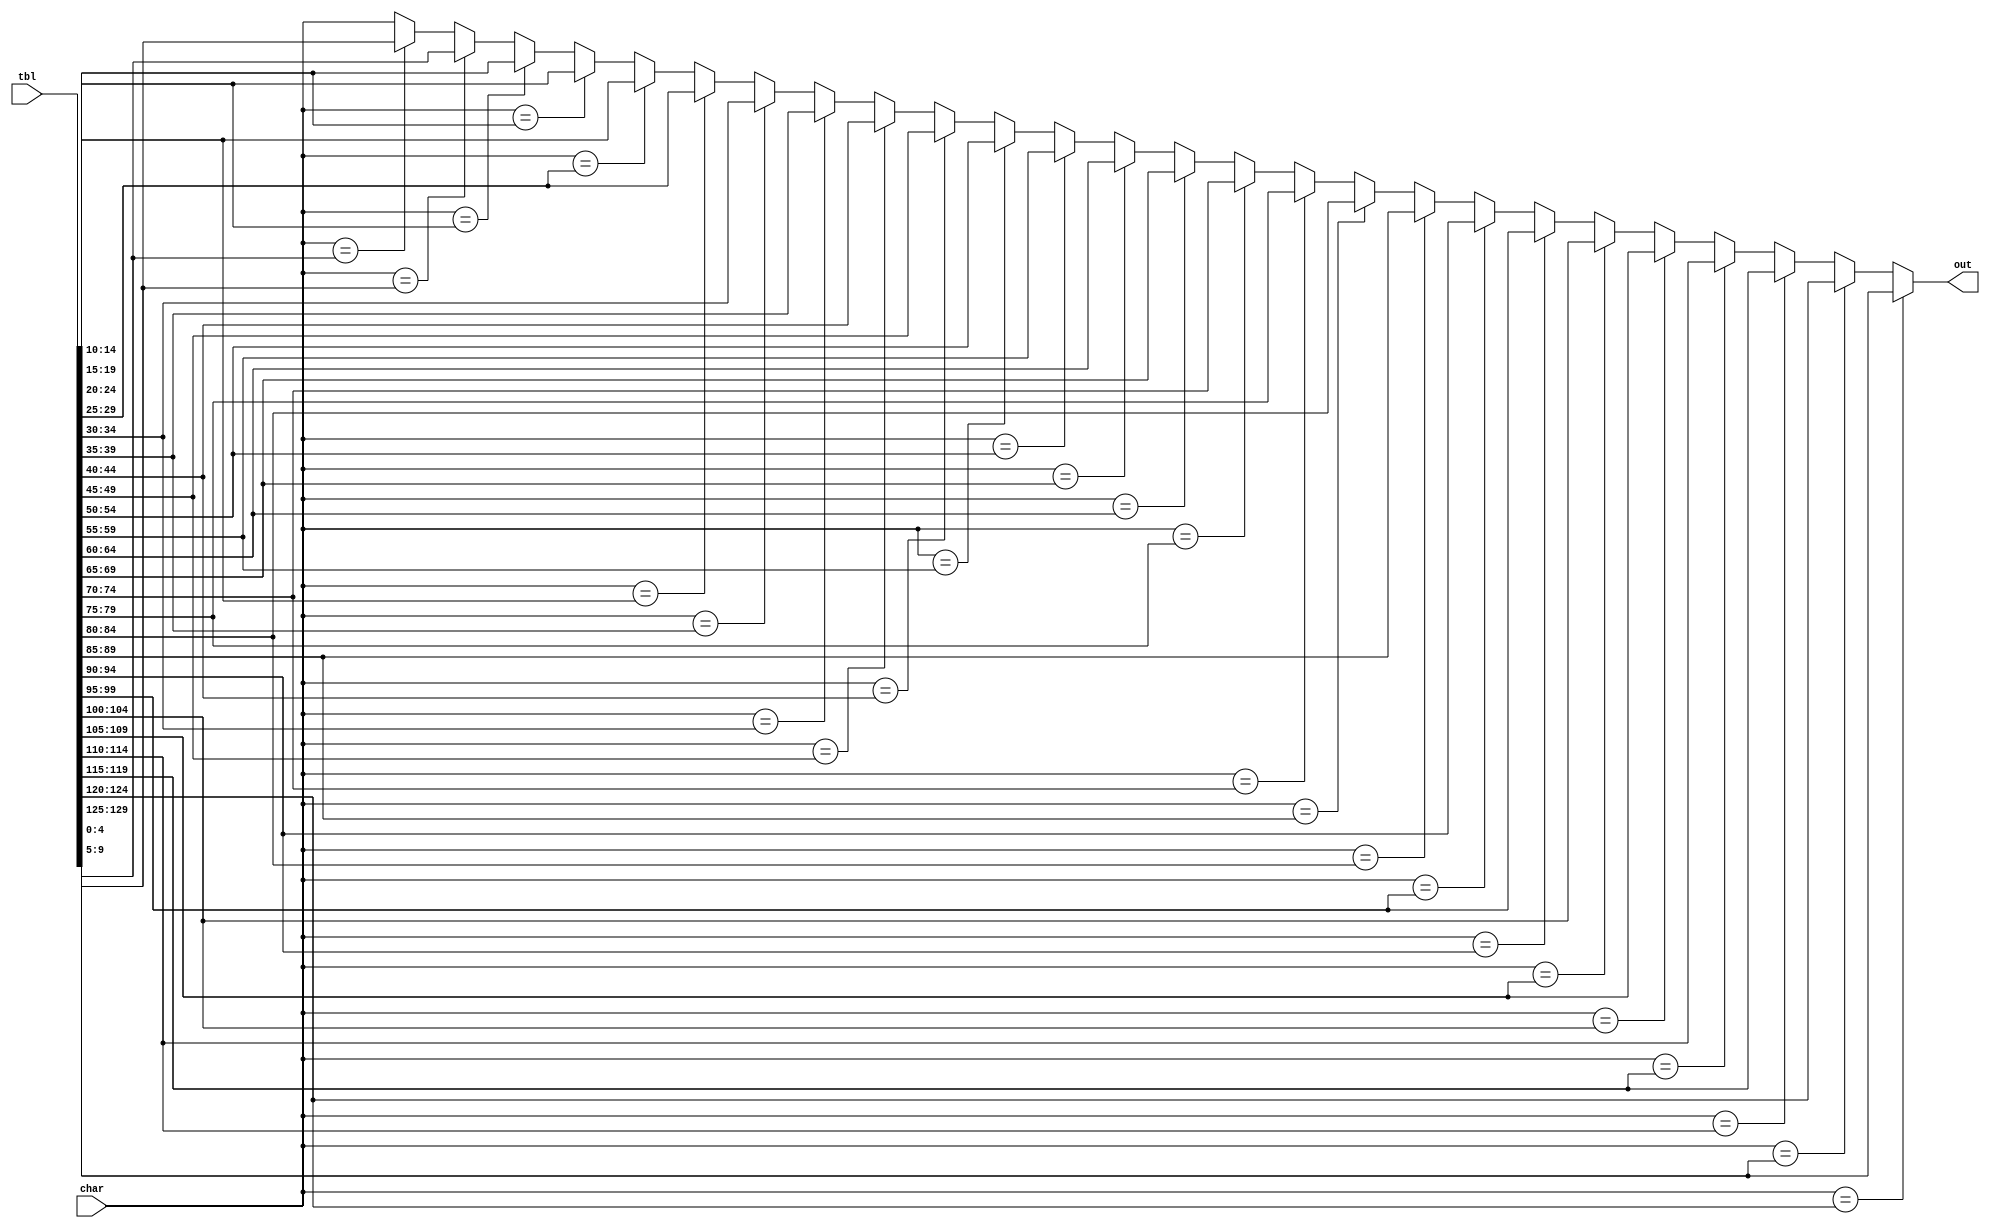
module plugboard(
		input wire[4:0] char,
		input wire[25*5+4:0] tbl,
		output reg [4:0] out);
		
reg [4:0] outp [11:0];
always @*
begin
 outp[0]= (char==tbl[ 0*5+4: 0*5]) ? tbl[ 1*5+4: 1*5] : (char==tbl[ 1*5+4: 1*5]) ? tbl[ 0*5+4: 0*5] : char;
 outp[1]= (char==tbl[ 2*5+4: 2*5]) ? tbl[ 3*5+4: 3*5] : (char==tbl[ 3*5+4: 3*5]) ? tbl[ 2*5+4: 2*5] : outp[0];
 outp[2]= (char==tbl[ 4*5+4: 4*5]) ? tbl[ 5*5+4: 5*5] : (char==tbl[ 5*5+4: 5*5]) ? tbl[ 4*5+4: 4*5] : outp[1];
 outp[3]= (char==tbl[ 6*5+4: 6*5]) ? tbl[ 7*5+4: 7*5] : (char==tbl[ 7*5+4: 7*5]) ? tbl[ 6*5+4: 6*5] : outp[2];
 outp[4]= (char==tbl[ 8*5+4: 8*5]) ? tbl[ 9*5+4: 9*5] : (char==tbl[ 9*5+4: 9*5]) ? tbl[ 8*5+4: 8*5] : outp[3];
 outp[5]= (char==tbl[10*5+4:10*5]) ? tbl[11*5+4:11*5] : (char==tbl[11*5+4:11*5]) ? tbl[10*5+4:10*5] : outp[4];
 outp[6]= (char==tbl[12*5+4:12*5]) ? tbl[13*5+4:13*5] : (char==tbl[13*5+4:13*5]) ? tbl[12*5+4:12*5] : outp[5];
 outp[7]= (char==tbl[14*5+4:14*5]) ? tbl[15*5+4:15*5] : (char==tbl[15*5+4:15*5]) ? tbl[14*5+4:14*5] : outp[6];
 outp[8]= (char==tbl[16*5+4:16*5]) ? tbl[17*5+4:17*5] : (char==tbl[17*5+4:17*5]) ? tbl[16*5+4:16*5] : outp[7];
 outp[9]= (char==tbl[18*5+4:18*5]) ? tbl[19*5+4:19*5] : (char==tbl[19*5+4:19*5]) ? tbl[18*5+4:18*5] : outp[8];
 outp[10]=(char==tbl[20*5+4:20*5]) ? tbl[21*5+4:21*5] : (char==tbl[21*5+4:21*5]) ? tbl[20*5+4:20*5] : outp[9];
 outp[11]=(char==tbl[22*5+4:22*5]) ? tbl[23*5+4:23*5] : (char==tbl[23*5+4:23*5]) ? tbl[22*5+4:22*5] : outp[10];
 out= 	  (char==tbl[24*5+4:24*5]) ? tbl[25*5+4:25*5] : (char==tbl[25*5+4:25*5]) ? tbl[24*5+4:24*5] : outp[11];
end

endmodule